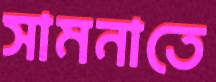
সামনাতে